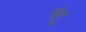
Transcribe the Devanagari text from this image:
गोमू